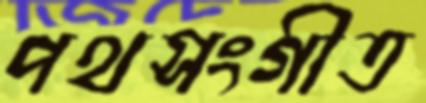
পথসংগীত